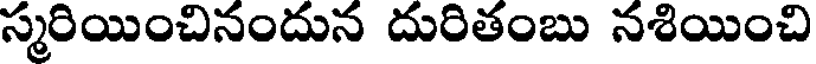
స్మరియించినందున దురితంబు నశియించి